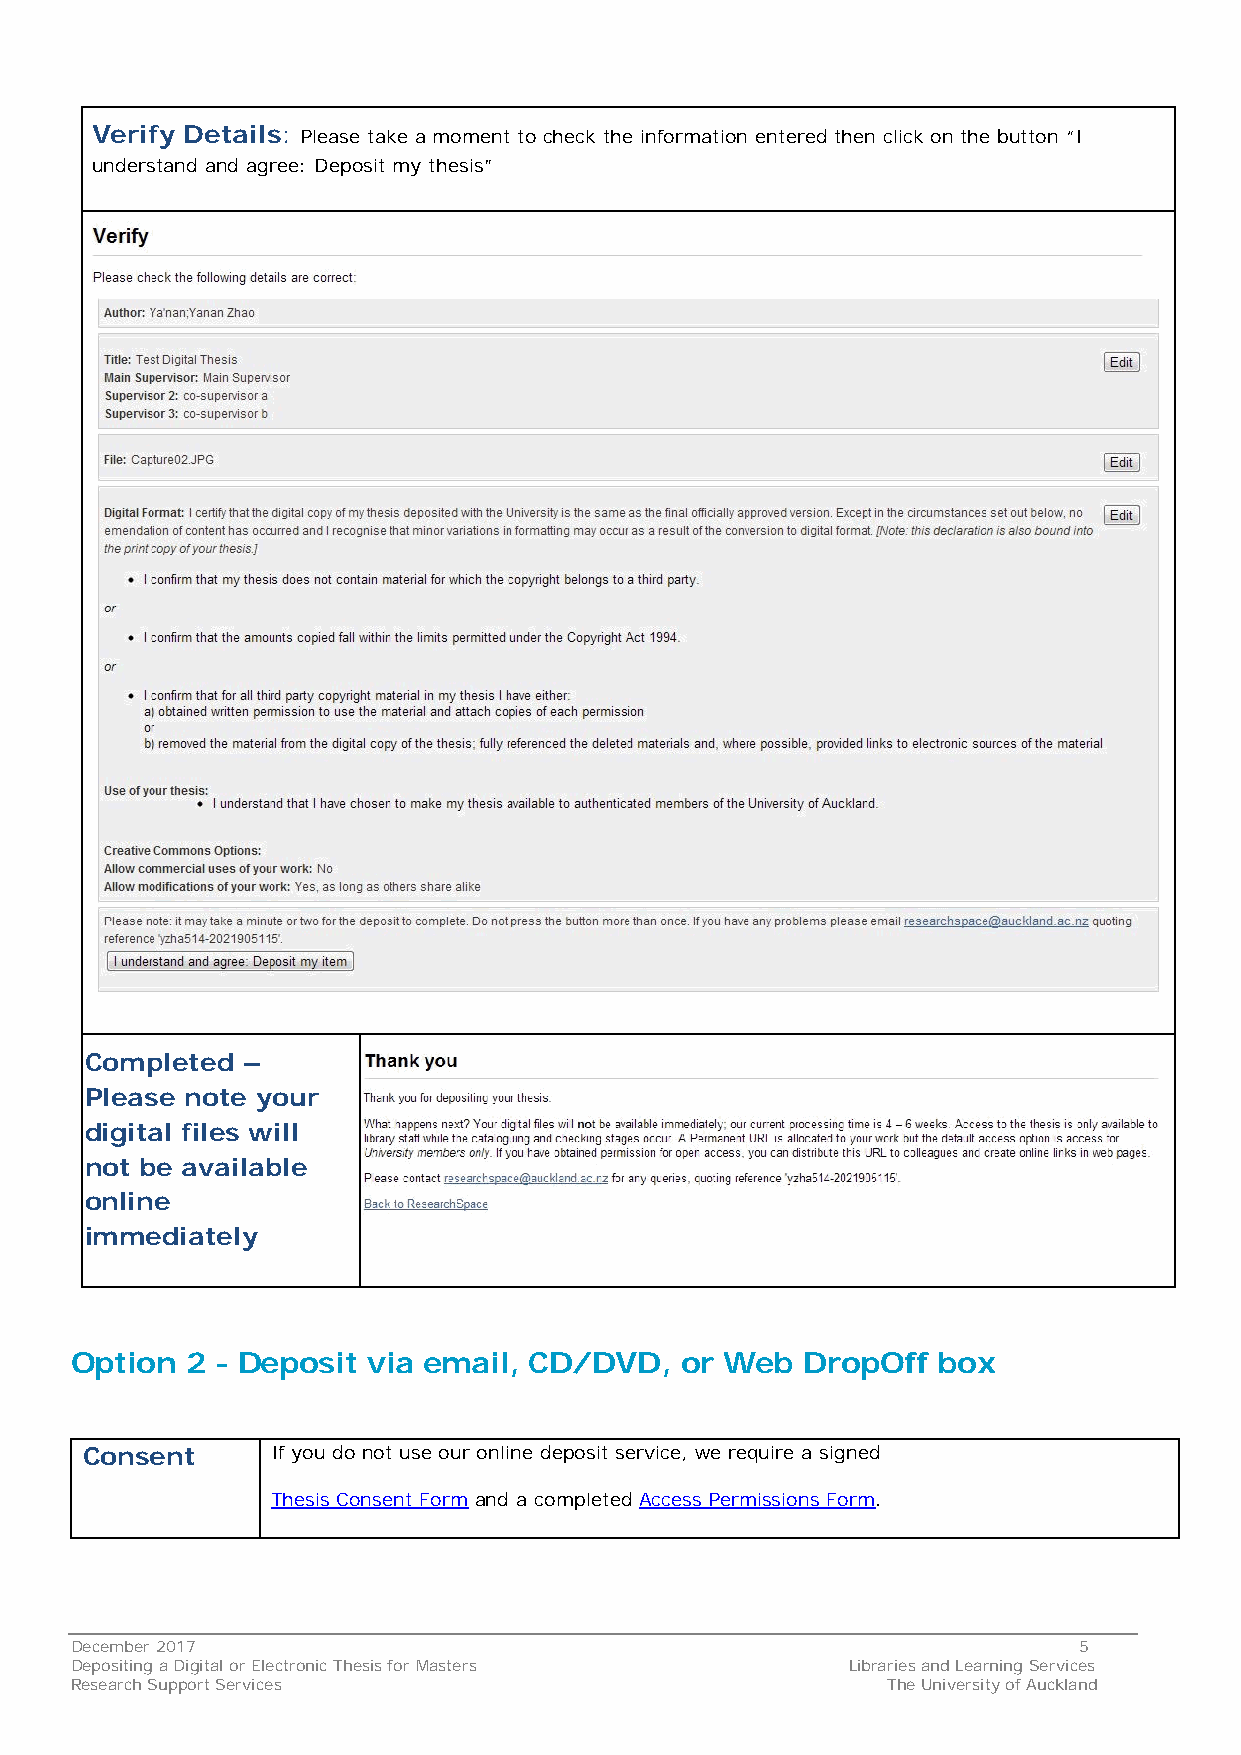
Verify Details: Please take a moment to check the information entered then click on the button “I
 understand and agree: Deposit my thesis”
 Completed –
 Please note your
 digital files will
 not be available
 online
 immediately
 Option 2 - Deposit via email, CD/DVD,   or Web  DropOff  box
 Consent      If you do not use our online deposit service, we require a signed
 Thesis Consent Form and a completed Access Permissions Form.
 December 2017                                                     5
 Depositing a Digital or Electronic Thesis for Masters Libraries and Learning Services
 Research Support Services                             The University of Auckland